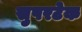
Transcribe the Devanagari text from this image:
सुपरटेक